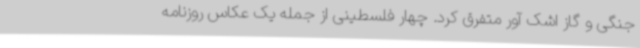
جنگی و گاز اشک آور متفرق کرد. چهار فلسطینی از جمله یک عکاس روزنامه